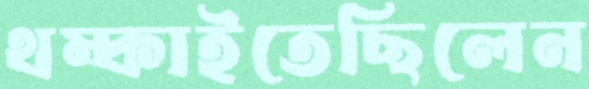
থম্‌কাইতেছিলেন